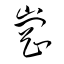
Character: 崗